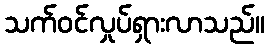
သက်ဝင်လှုပ်ရှားလာသည်။